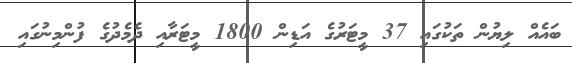
ބައެއް ލިޔުން ތަކުގައި 37 މީޓަރުގެ އަޑިން 1800 މީޓަރާއި ދެމެދުގެ ފުންމިނުގައި